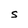
Character: S